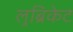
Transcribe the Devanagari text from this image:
लुब्रिकेट